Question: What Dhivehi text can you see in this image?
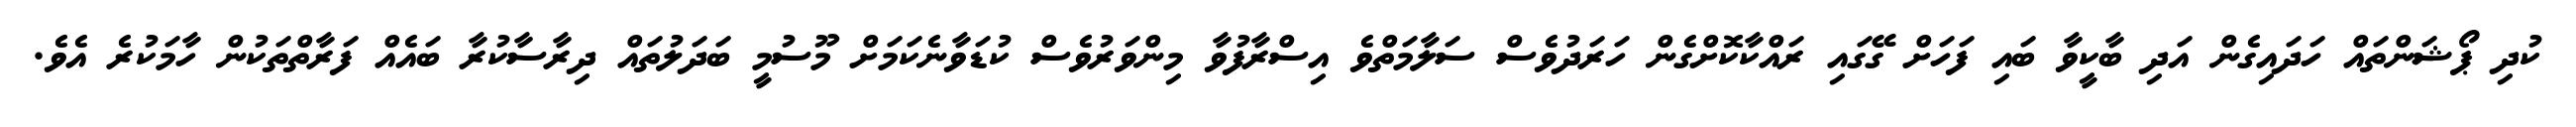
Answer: ކުދި ޕޯޝަންތައް ހަދައިގެން އަދި ބާކީވާ ބައި ފަހަށް ގޭގައި ރައްކާކޮށްގެން ހަރަދުވެސް ސަލާމަތްވެ އިސްރާފުވާ މިންވަރުވެސް ކުޑަވާނެކަމަށް މޫސުމީ ބަދަލުތައް ދިރާސާކުރާ ބައެއް ފަރާތްތަކުން ހާމަކުރެ އެވެ.